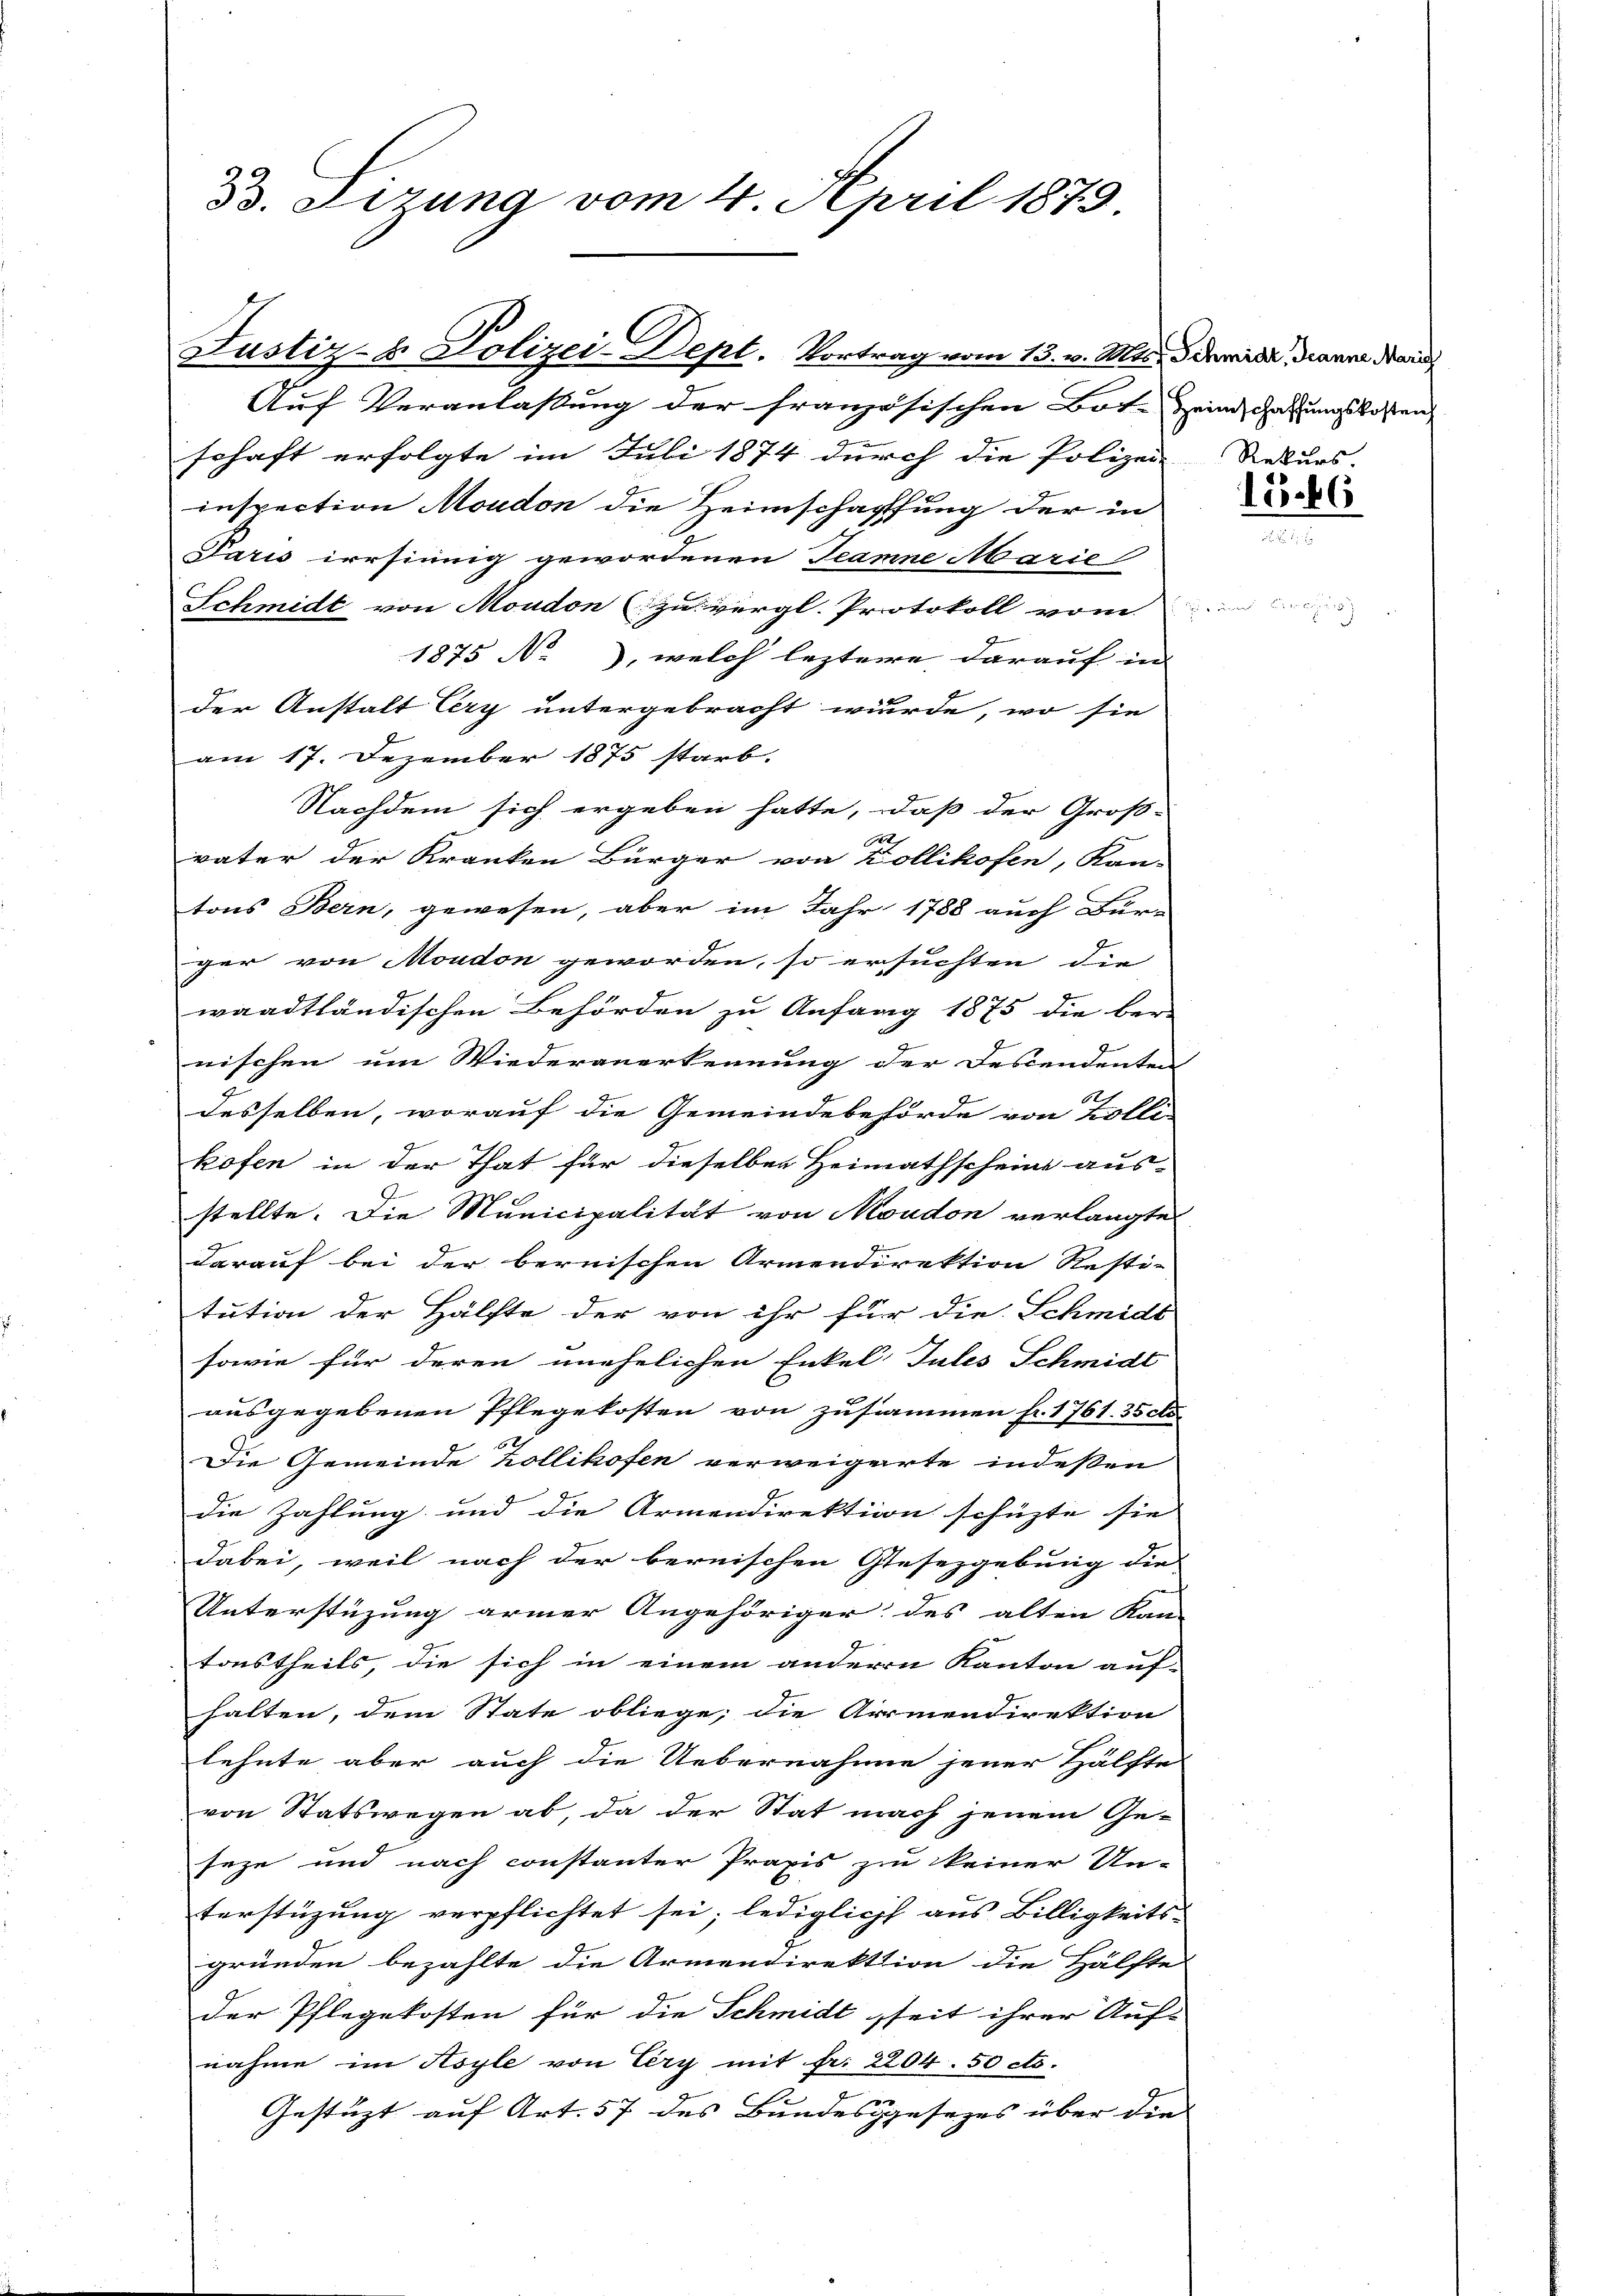
d. Lizung vom 4. April 1879.

Justiz- & Polizei-Bept. Vortrag vom 13. v. Mts. Schmid, diener dar

Auf Veranlaßung der französischen Bote Heimschaffungskosten
schaft erfolgte im Juli 1874 durch die Polizei-
inspection Moudon die Heimschaffung der in
Paris irrsinnig gewordenen Teamne Marie
Schmidt von Moudon zu vergl. Protokoll vom
1875 No, welch leztere darauf in |
der Anstalt Cery untergebracht wurde, wo sie
am 17. Dezember 1875 starb.
Nachdem sich ergeben hatte, daß der Groß-
xx
väter der Kranken Bürger von Zollikofen, Kan-
tons Bern, gewesen, aber im Jahr 1788 auch Bur-
.
ger von Moudon geworden, so ersuchten die
waadtländischen Behörden zu Anfang 1875 die ber-
e
nischen um Wiederanerkennung der Descendenten
F
6t.
desselben, worauf die Gemeindebehörde von Zolli-
kofen in der That für dieselben Heimathscheine aus-
stellte. Die Municipalität von Moudon verlangte
darauf bei der bernischen Armendirektion Resti-
tution der Hälfte der von ihr für die Schmids
sowie für deren unehelichen Enkel Julis Schmidt
ausgegebenen Pflegekosten von zusammen fr. 1761. 35 de
22
Die Gemeinde hollikofen verweigerte indessen
die Zahlung und die Armendirektion schüzte sie
dabei, weil nach der bernischen Gesezgebung die
Unterstüzung armer Angehöriger des alten Kan-
tonstheils, die sich in einem anderen Kanton auf-
halten, dem State obliege; die Armendirektion
lehnte aber auch die Uebernahme jener Hälfte
von Statswegen ab, da der Stat mach jenem Ge-
Jeze und nach constanter Praxis zu Meiner Un-
terstüzung verpflichtet sei; lediglich aus Billigkeits-
gründen bezahlte die Armendirektion die Hälfte
der Pflegekosten für die Schmidt seit ihrer Auf-
nahme im Asyle von Eery mit fr. 2204. 50 cts.
E
f
Gestützt auf Art. 57 des Bundesgesezes über die

Rekurs
1266